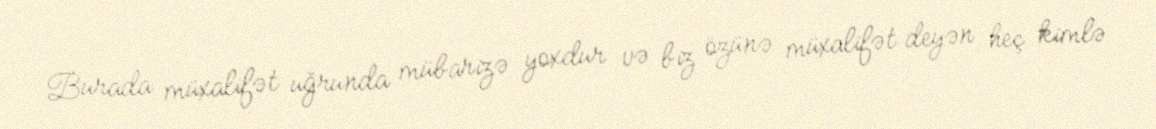
Burada müxalifət uğrunda mübarizə yoxdur və biz özünə müxalifət deyən heç kimlə